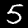
Digit: 5